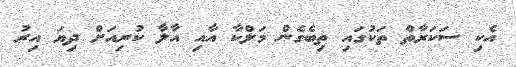
އެކި ސަކަރާތް ތަކުގައި ތިބެގެން މަލްކާ އާއި އާލާ ކުރިއަށް ދިޔަ އިރު